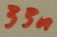
Text: 33n